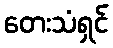
တေးသံရှင်